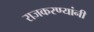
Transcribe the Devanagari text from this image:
राजकरण्यांनी